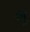
બૂ